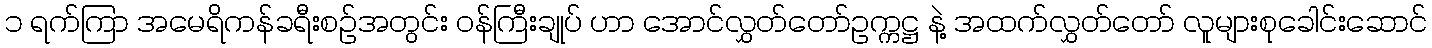
၁ ရက်ကြာ အမေရိကန်ခရီးစဉ်အတွင်း ဝန်ကြီးချုပ် ဟာ အောင်လွှတ်တော်ဥက္ကဋ္ဌ နဲ့ အထက်လွှတ်တော် လူများစုခေါင်းဆောင်